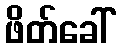
ဖိတ်ခေါ်